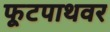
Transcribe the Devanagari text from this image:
फूटपाथवर